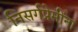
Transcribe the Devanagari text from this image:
निसर्गप्रेमींना